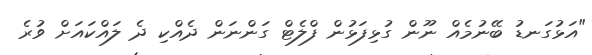
"އަޅުގަނޑު ބޭނުމެއް ނޫން ގުޅިފަޅުން ފްލެޓް ގަންނަން ދެއްކި ދެ ލައްކައަށް ވުރެ